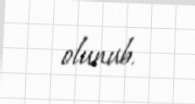
olunub.